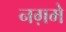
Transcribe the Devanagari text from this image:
नग़मे